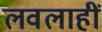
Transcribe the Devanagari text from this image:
लवलाहीं